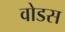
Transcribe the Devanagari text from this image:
वोडस